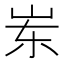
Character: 岽